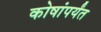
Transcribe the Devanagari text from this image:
कोषांपर्यंत